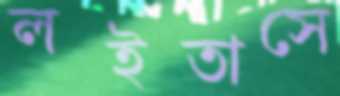
লইতাসে